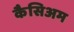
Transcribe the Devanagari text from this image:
कैसिअम